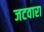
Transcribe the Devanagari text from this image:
जटवारा